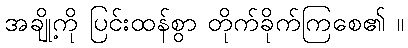
အချို့ကို ပြင်းထန်စွာ တိုက်ခိုက်ကြစေ၏ ။